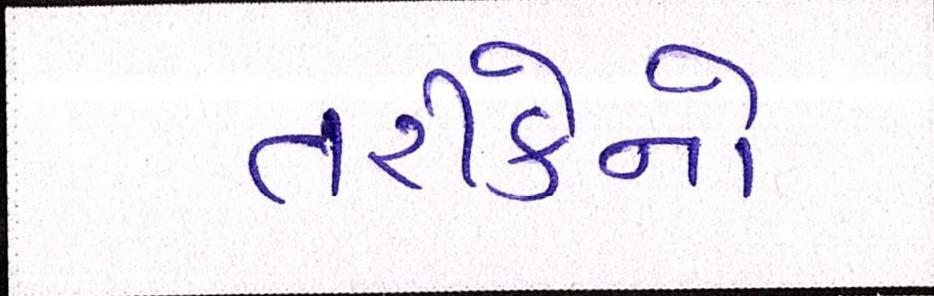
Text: તરીકેનો